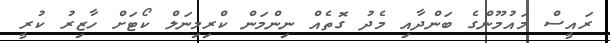
ރައީސް މައުމޫންގެ ބަންދާއި މެދު ގޮތެއް ނިންމަން ކްރިމިނަލް ކޯޓަށް ހާޒިރު ކުރީ